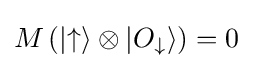
M\left(|{\uparrow }\rangle \otimes |O_{\downarrow }\rangle \right)=0